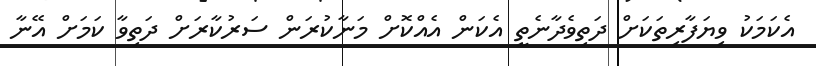
އެކަމަކު ވިޔަފާރިތަކަށް ދަތިވެދާނެތީ އެކަން އެއްކޮށް މަނާކުރަން ސަރުކާރަށް ދަތިވާ ކަމަށް އޭނާ